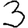
Digit: 3